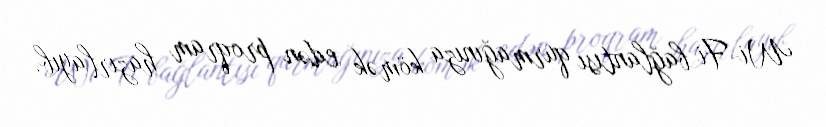
Wi-Fi bağlantısı qurmağınıza kömək edən proqram hazırlayıb.